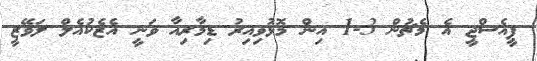
ޕީއެސްޖީ އެ މެޗުން 3-1 އިން މޮޅުވިއިރު ޑިމާރިއާ ވަނީ އެެޒެކުއެލް ލަވޭޒީ